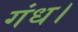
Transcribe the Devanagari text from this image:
गंध।